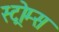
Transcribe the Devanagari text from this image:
स्ट्रोम्स